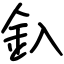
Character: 釞